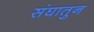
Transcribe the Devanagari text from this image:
संघातुन